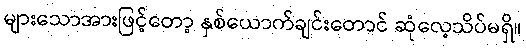
များသောအားဖြင့်တော့ နှစ်ယောက်ချင်းတောင် ဆုံလေ့သိပ်မရှိ။